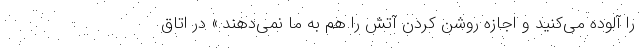
را آلوده می‌کنید و اجازه روشن کردن آتش را هم به ما نمی‌دهند.» در اتاق